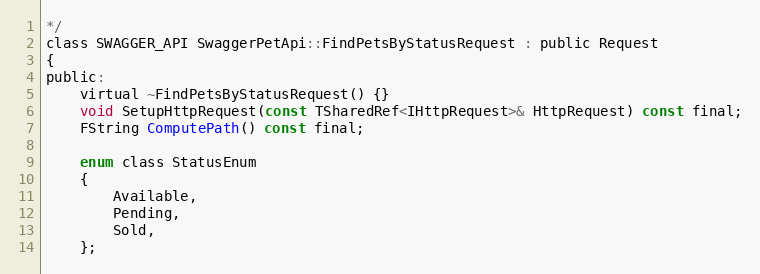
Language: C
*/
class SWAGGER_API SwaggerPetApi::FindPetsByStatusRequest : public Request
{
public:
    virtual ~FindPetsByStatusRequest() {}
	void SetupHttpRequest(const TSharedRef<IHttpRequest>& HttpRequest) const final;
	FString ComputePath() const final;

	enum class StatusEnum
	{
		Available,
		Pending,
		Sold,
  	};